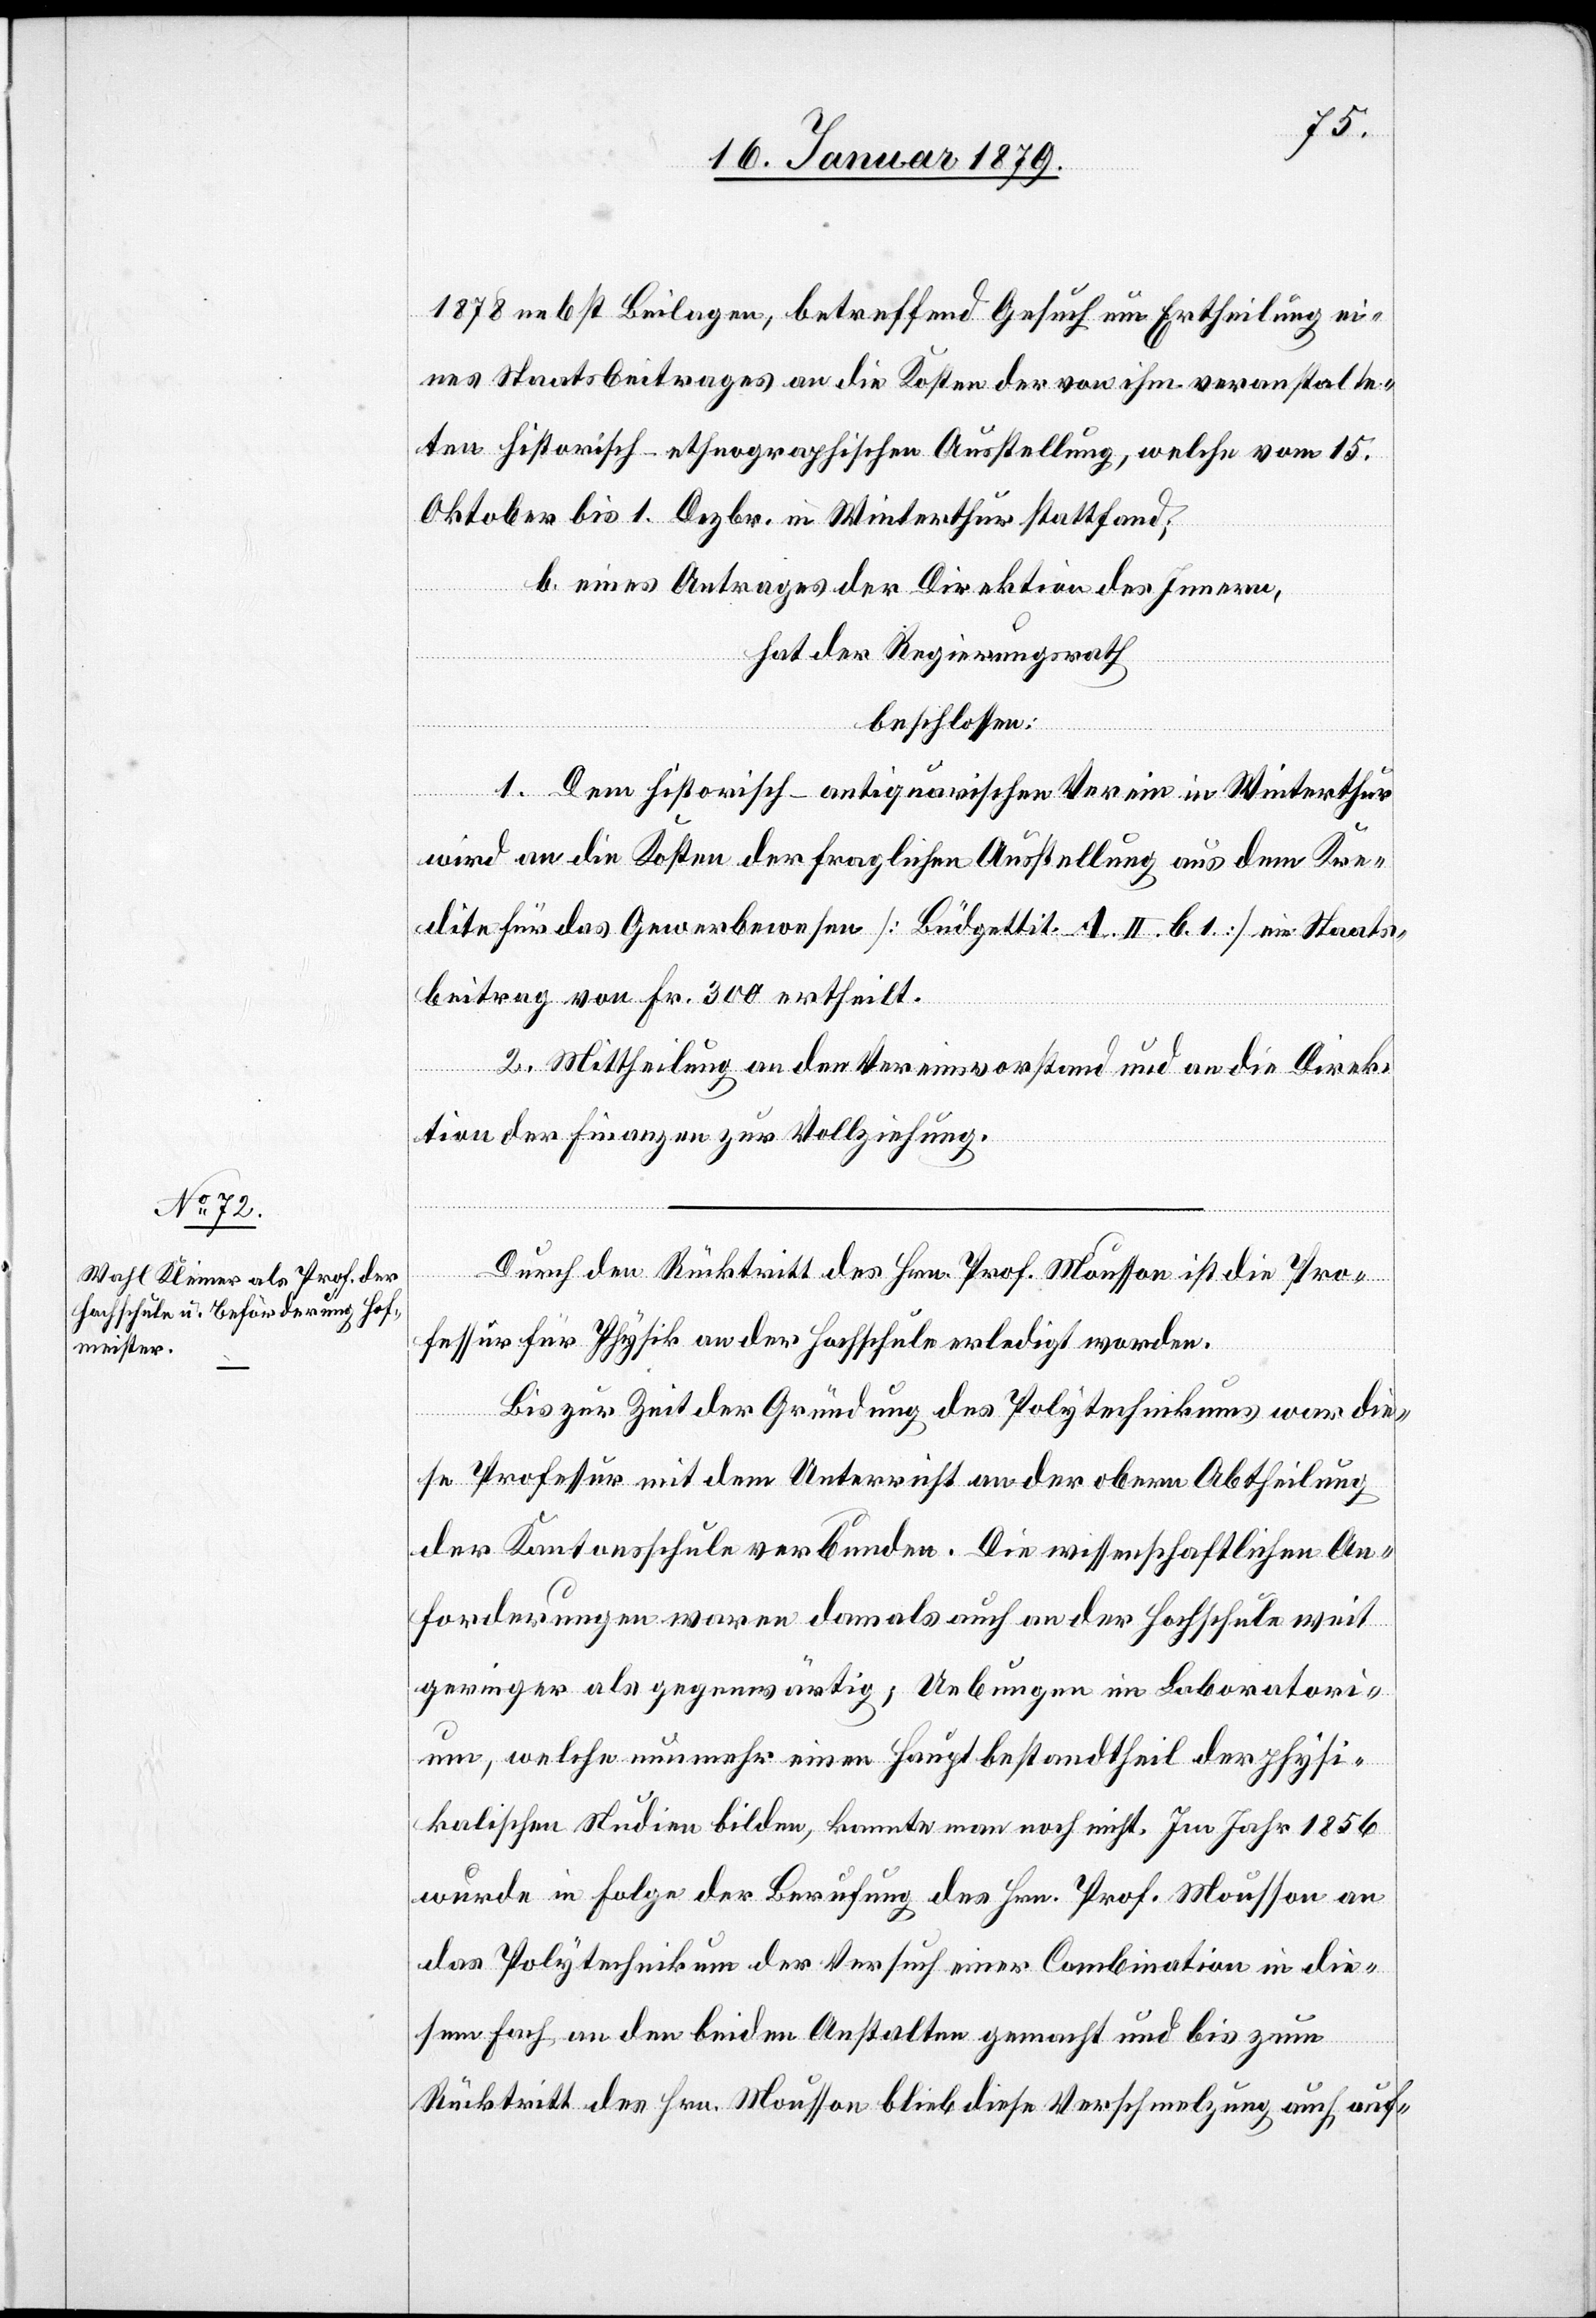
1878 nebst Beilagen, betreffend Gesuch um Ertheilung ei¬
nes Staatsbeitrages an die Kosten der von ihm veranstalte¬
ten historisch-antiquarischen Ausstellung, welche vom 15.
Oktober bis 1. Dezbr. in Winterthur stattfand;
b. eines Antrages der Direktion des Innern,
hat der Regierungsrath
beschlossen:
1. Dem historisch-antiquarischen Verein in Winterthur
wird an die Kosten der fraglichen Ausstellung aus dem Kre¬
dite für das Gewerbewesen [Büdgettit. A. II. b. 1.] ein Staats¬
beitrag von Fr. 300 ertheilt.
2. Mittheilung an den Vereinsvorstand und an die Direk¬
tion der Finanzen zur Vollziehung.
Durch den Rücktritt des Hrn. Prof. Mousson ist die Pro¬
fessur für Physik an der Hochschule erledigt worden.
Bis zur Zeit der Gründung des Polytechnikums war die¬
se Professur mit dem Unterricht an der obern Abtheilung
der Kantonsschule verbunden. Die wissenschaftlichen An¬
forderungen waren damals auch an der Hochschule weit
geringer als gegenwärtig; Uebungen im Laboratori¬
um,welche nunmehr einen Hauptbestandtheil der physi¬
kalischen Studien bilden, kannte man noch nicht. Im Jahr 1856
wurde in Folge der Berufung des Hrn. Prof. Mousson an
das Polytechnikum der Versuch einer Combination in die¬
sem Fach an den beiden Anstalten gemacht und bis zum
Rücktritt des Hrn. Mousson blieb diese Verschmelzung auch auf-